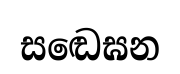
සඬෙඝන